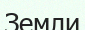
Земли